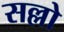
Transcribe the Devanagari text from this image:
सल्लो